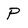
Character: P